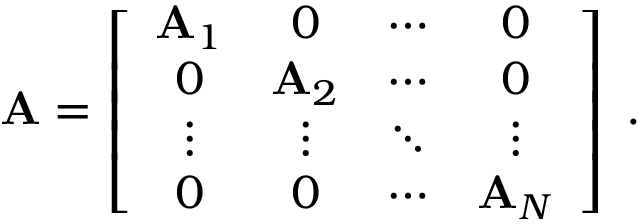
\mathbf { A } = \left[ { \begin{array} { c c c c } { \mathbf { A } _ { 1 } } & { 0 } & { \cdots } & { 0 } \\ { 0 } & { \mathbf { A } _ { 2 } } & { \cdots } & { 0 } \\ { \vdots } & { \vdots } & { \ddots } & { \vdots } \\ { 0 } & { 0 } & { \cdots } & { \mathbf { A } _ { N } } \end{array} } \right] \; .